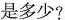
是多少?